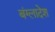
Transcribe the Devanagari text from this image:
बंग्‍लादेश